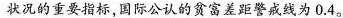
状况的重要指标，国际公认的贫富差距警戒线为0.4。